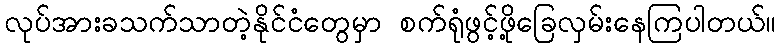
လုပ်အားခသက်သာတဲ့နိုင်ငံတွေမှာ စက်ရုံဖွင့်ဖို့ခြေလှမ်းနေကြပါတယ်။